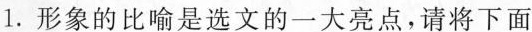
1.形象的比喻是选文的一大亮点，请将下面